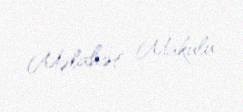
Məlahət Makulu